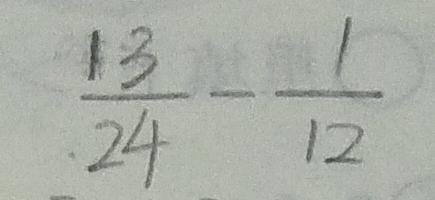
\frac { 1 3 } { 2 4 } - \frac { 1 } { 1 2 }